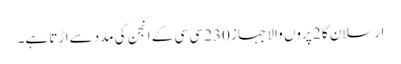
ارسلان کا 2 پروں والا جہاز 230 سی سی کے انجن کی مدد سےاڑتا ہے۔